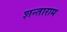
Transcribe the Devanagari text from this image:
शन्ताराम